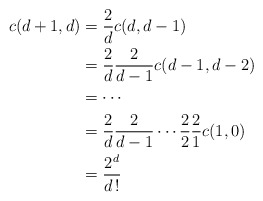
\begin{align*} c(d+1,d) & = \frac{2}{d} c(d,d-1) \\ & = \frac{2}{d} \frac{2}{d-1} c(d-1,d-2) \\ & = \cdots \\ & = \frac{2}{d} \frac{2}{d-1} \cdots \frac{2}{2} \frac{2}{1} c(1,0) \\ & = \frac{2^d}{d\,!}\end{align*}